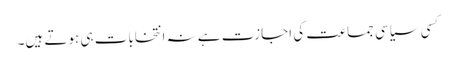
کسی سیاسی جماعت کی اجازت ہے نہ انتخابات ہی ہوتے ہیں۔